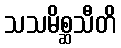
သသမိစ္ဆသီတိ